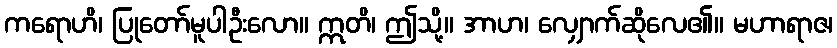
ကရောဟိ၊ ပြုတော်မူပါဦးလော။ ဣတိ၊ ဤသို့။ အာဟ၊ လျှောက်ဆိုလေ၏။ မဟာရာဇ၊